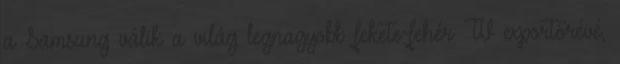
a Samsung válik a világ legnagyobb fekete-fehér TV exportőrévé,